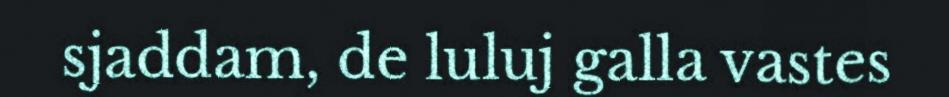
sjaddam, de luluj galla vastes